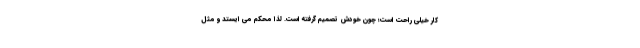
کار خیلی راحت است؛ چون خودش تصمیم گرفته است. لذا محکم می ایستد و مثل